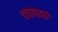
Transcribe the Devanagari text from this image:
चांचांद्वारे